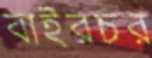
বাইরচর